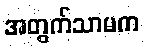
အတွက်သာမက